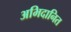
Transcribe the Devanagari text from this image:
अभिदानित